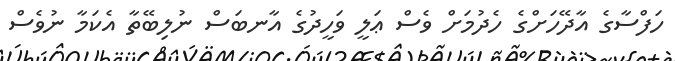
ހަފްސާގެ އާދޭހަށްގެ ހެދުމަށް ވެސް ޢަލީ ވަހީދުގެ އާނބަސް ނުލިބޭތާ އެކަމާ ނުވެސް